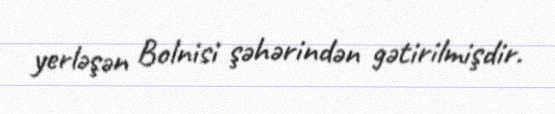
yerləşən Bolnisi şəhərindən gətirilmişdir.